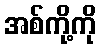
အစ်ကို့ကို